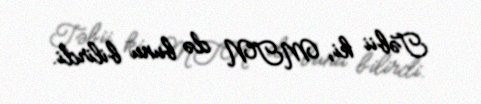
Təbii ki, MTN də bunu bilirdi.